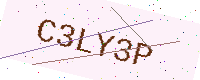
Text: C3LY3P